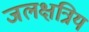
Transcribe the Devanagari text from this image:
जलक्षत्रिय